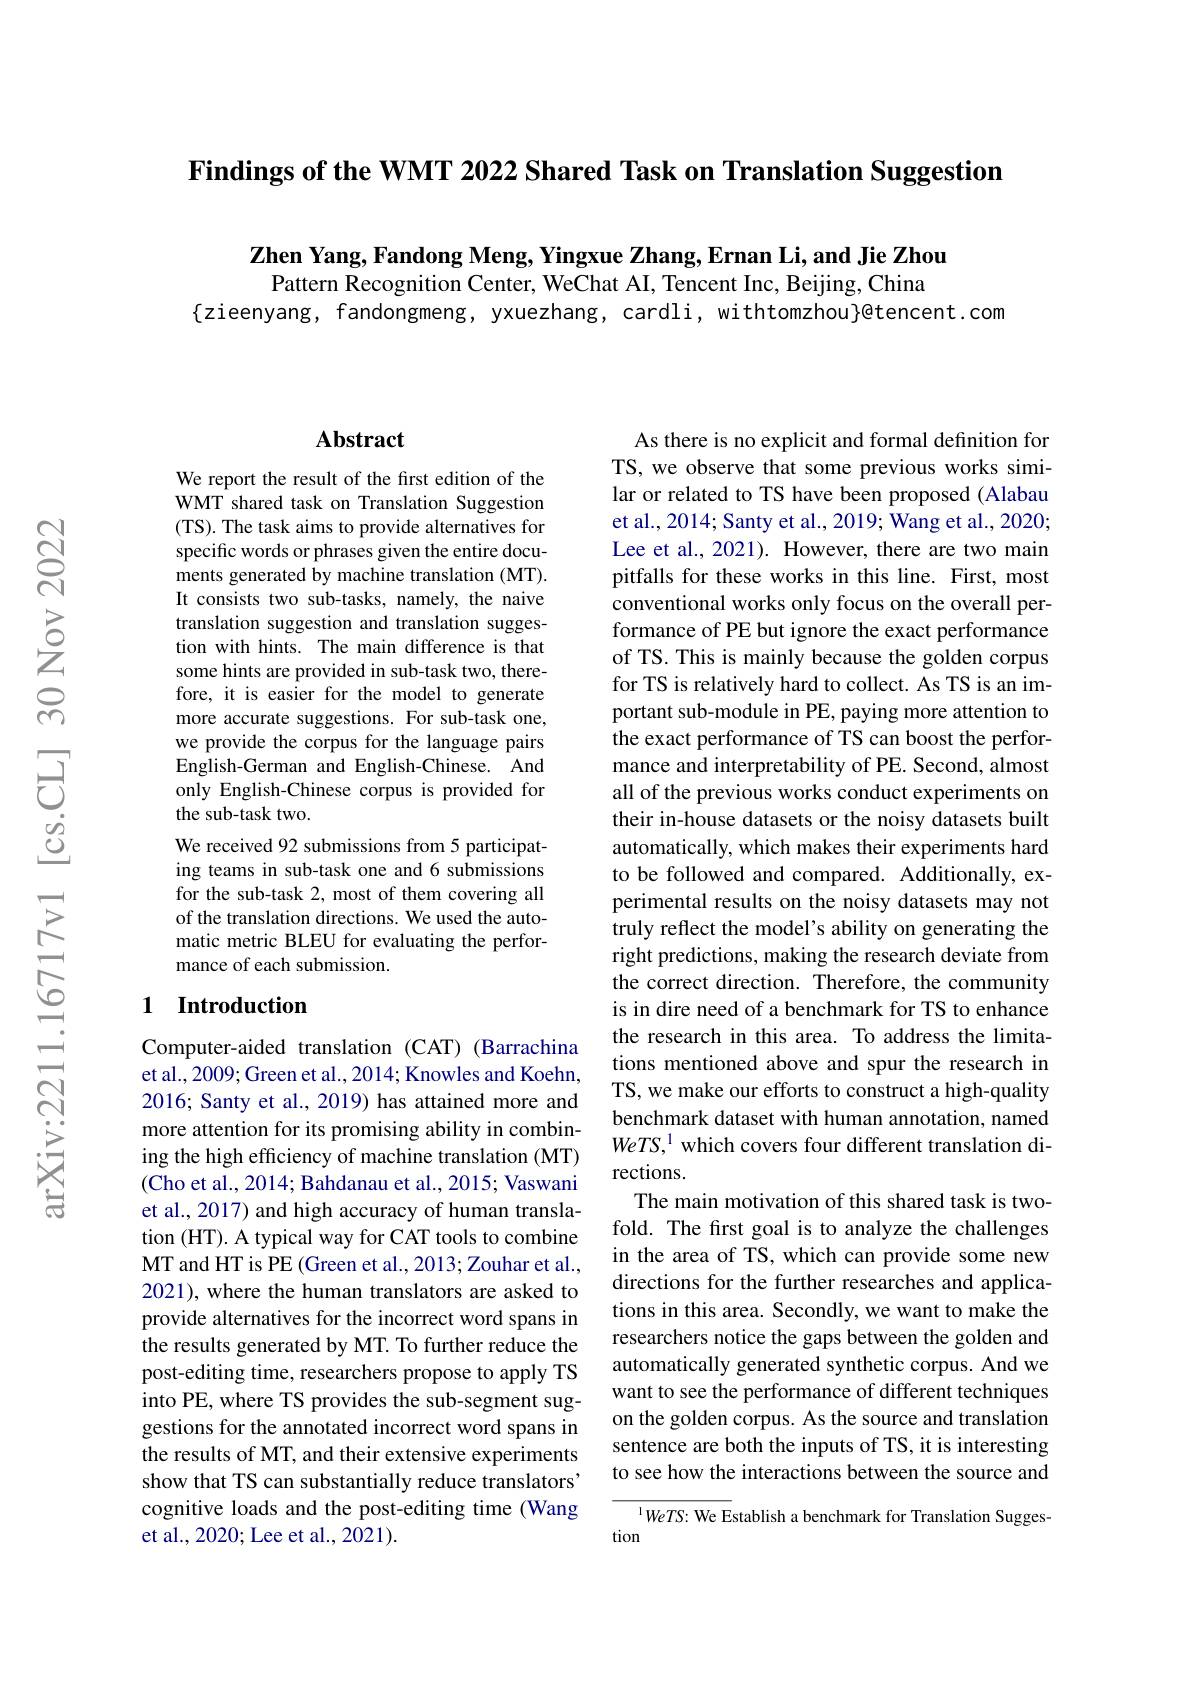
Findings of the WMT 2022 Shared Task on Translation Suggestion

Zhen Yang, Fandong Meng, Yingxue Zhang, Ernan Li, and Jie Zhou
Pattern Recognition Center, WeChat AI, Tencent Inc, Beijing, China
$\{$zieenyang, fandongmeng, yxuezhang, cardli, withtomzhou}@tencent.com

## Abstract

We report the result of the first edition of the WMT shared task on Translation Suggestion (TS). The task aims to provide alternatives for specific words or phrases given the entire documents generated by machine translation (MT). It consists two sub-tasks, namely, the naive translation suggestion and translation suggestion with hints. The main difference is that some hints are provided in sub-task two, therefore, it is easier for the model to generate more accurate suggestions. For sub-task one, we provide the corpus for the language pairs English-German and English-Chinese. And only English-Chinese corpus is provided for the sub-task two.
We received 92 submissions from 5 participating teams in sub-task one and 6 submissions for the sub-task 2, most of them covering all of the translation directions. We used the automatic metric BLEU for evaluating the performance of each submission.

## 1 Introduction

Computer-aided translation (CAT) (Barrachina et al., 2009; Green et al., 2014; Knowles and Koehn, 2016; Santy et al., 2019) has attained more and more attention for its promising ability in combining the high efficiency of machine translation (MT) (Cho et al., 2014; Bahdanau et al., 2015; Vaswani et al., 2017) and high accuracy of human translation (HT). A typical way for CAT tools to combine MT and HT is PE ( Green et al. , 2013; Zouhar et al. , 2021), where the human translators are asked to provide alternatives for the incorrect word spans in the results generated by MT. To further reduce the post-editing time, researchers propose to apply TS into PE, where TS provides the sub-segment suggestions for the annotated incorrect word spans in the results of MT, and their extensive experiments show that TS can substantially reduce translators' cognitive loads and the post-editing time (Wang et al., 2020; Lee et al., 2021).

As there is no explicit and formal definition for TS, we observe that some previous works similar or related to TS have been proposed (Alabau et al., 2014; Santy et al., 2019; Wang et al., 2020; Lee et al., 2021). However, there are two main pitfalls for these works in this line. First, most conventional works only focus on the overall performance of PE but ignore the exact performance of TS. This is mainly because the golden corpus for TS is relatively hard to collect. As TS is an important sub-module in PE, paying more attention to the exact performance of TS can boost the performance and interpretability of PE. Second, almost all of the previous works conduct experiments on their in-house datasets or the noisy datasets built automatically, which makes their experiments hard to be followed and compared. Additionally, experimental results on the noisy datasets may not truly reflect the model's ability on generating the right predictions, making the research deviate from the correct direction. Therefore, the community is in dire need of a benchmark for TS to enhance the research in this area. To address the limitations mentioned above and spur the research in TS, we make our efforts to construct a high-quality benchmark dataset with human annotation, named WeTS, $^{1}$ which covers four different translation directions.
The main motivation of this shared task is twofold. The first goal is to analyze the challenges in the area of TS, which can provide some new directions for the further researches and applications in this area. Secondly, we want to make the researchers notice the gaps between the golden and automatically generated synthetic corpus. And we want to see the performance of different techniques on the golden corpus. As the source and translation sentence are both the inputs of TS, it is interesting to see how the interactions between the source and
$^{1}WeTS:$ We Establish a benchmark for Translation Sugges-

tion